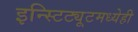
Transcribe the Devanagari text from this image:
इन्स्टिट्यूटमध्येही